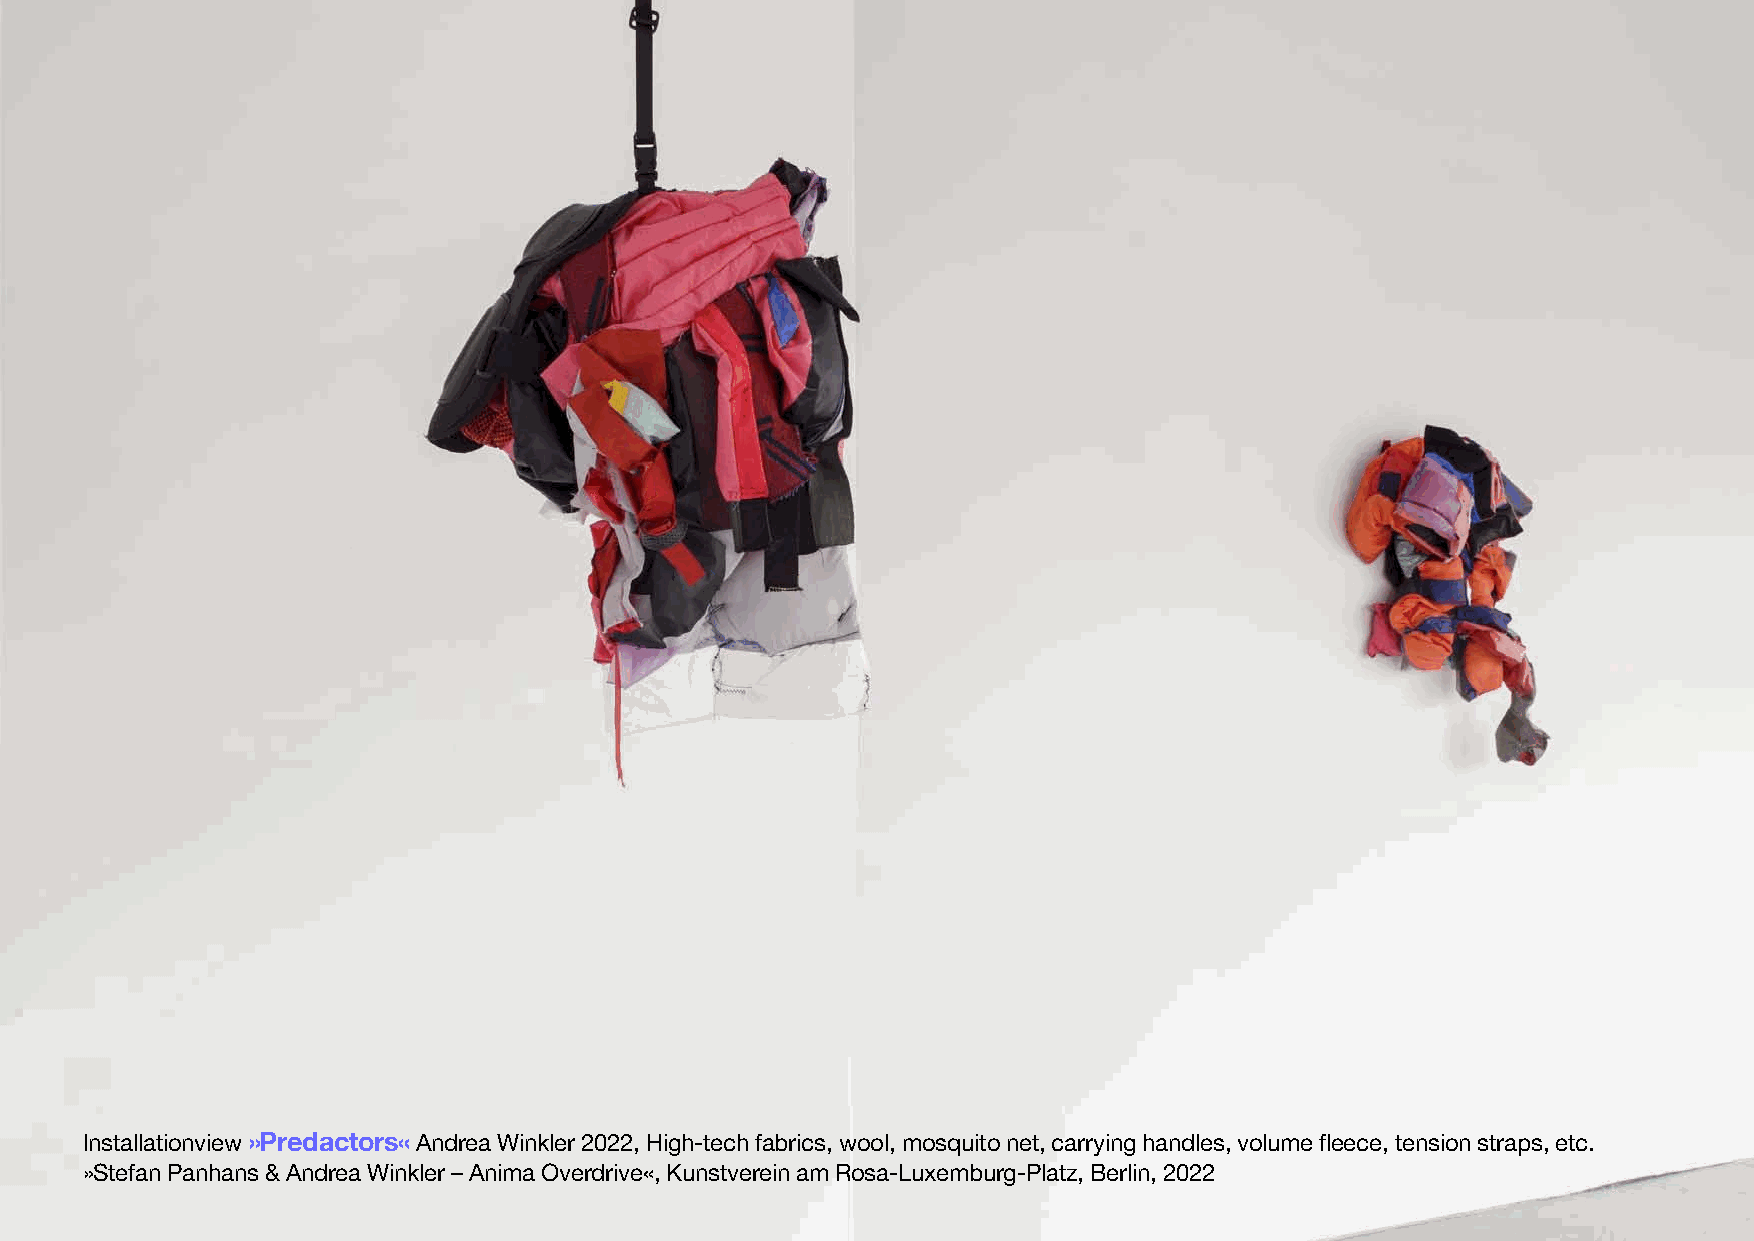
Installationview»Predactors«Andrea Winkler 2022, High-tech fabrics, wool, mosquito net, carrying handles, volume fleece, tension straps, etc.
 »Stefan Panhans & Andrea Winkler –Anima Overdrive«, Kunstverein am Rosa-Luxemburg-Platz, Berlin, 2022